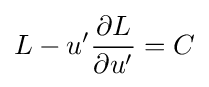
L-u'{\frac {\partial L}{\partial u'}}=C